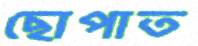
ছোপাত